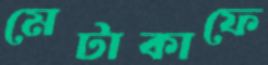
মেটাকাফে